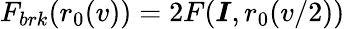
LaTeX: F_{brk}(r_{0}(v))=2F(\boldsymbol{I},r_{0}(v/2))